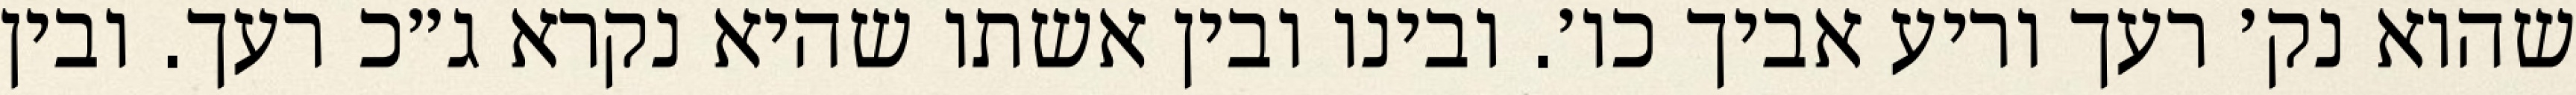
שהוא נק׳ רעך וריע אביך כו׳. ובינו ובין אשתו שהיא נקרא ג״כ רעך. ובין